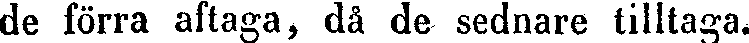
de förra aftaga, då de sednare tilltaga.